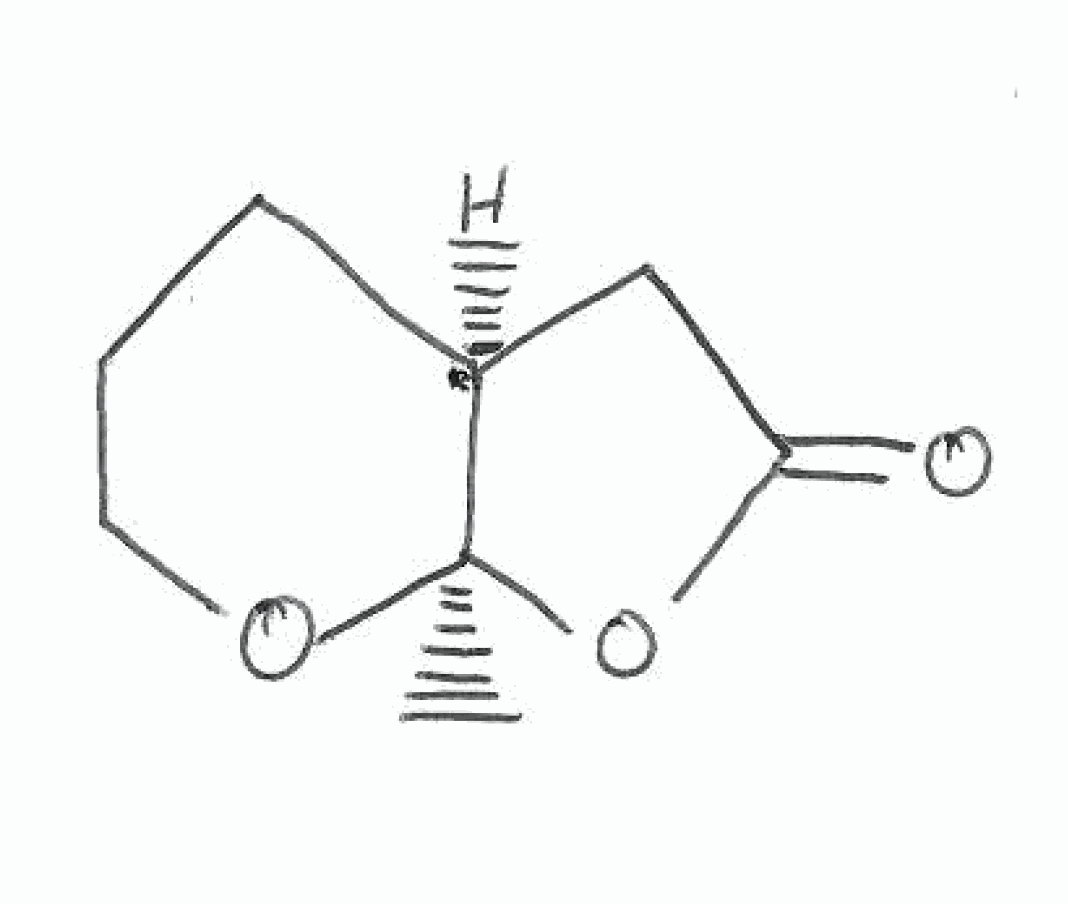
Simplified molecular-input line-entry system (SMILES) notation of the given molecule:
C[C@@]12[C@@H](CCCO1)CC(=O)O2